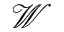
\mathcal { W }